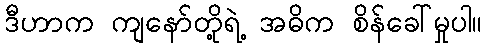
ဒီဟာက ကျနော်တို့ရဲ့ အဓိက စိန်ခေါ်မှုပါ။